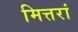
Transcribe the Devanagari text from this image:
मित्तरां